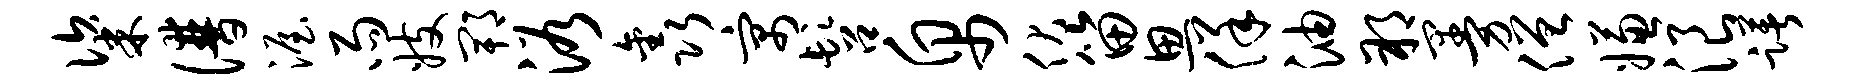
粢谱渥雨妓郫浴鑫寓髫帛伏笛思佯油朔曼僧嫌浪躇